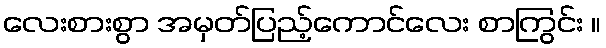
လေးစားစွာ အမှတ်ပြည့်ကောင်လေး စာကြွင်း ။